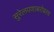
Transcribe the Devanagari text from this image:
सुरेलपणाबरोबरच